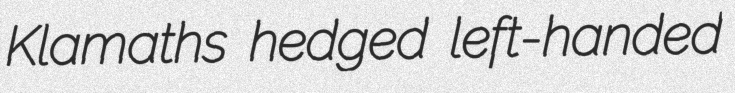
Klamaths hedged left-handed